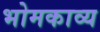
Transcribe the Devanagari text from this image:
भोमकाव्य